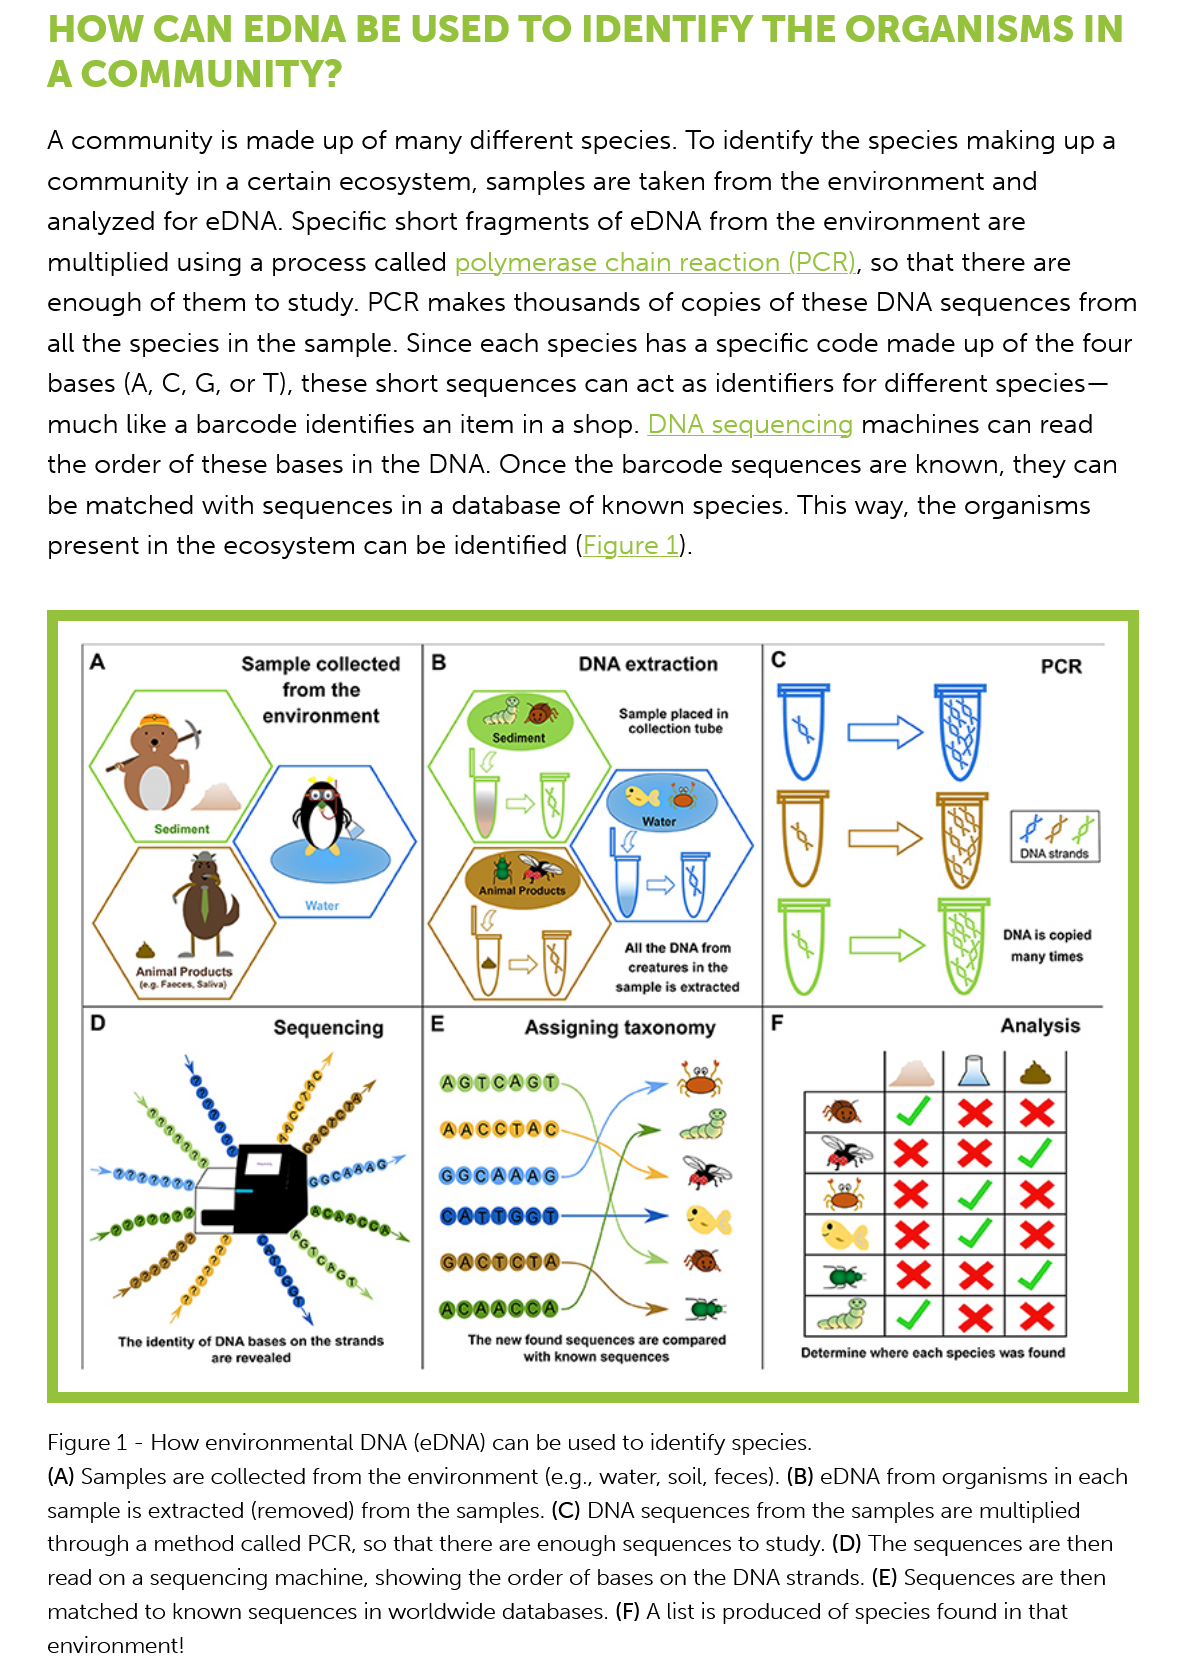
Assigning taxonomy
     The new found sequences are compared
     with known sequences.
     ‘The identity of DNA bases on the strands
     are revealed
     Sequencing
     Figure 1
     -
     How  environmental DNA (eDNA) can be used to identify species.
     (A) Samples are collected from the environment (e.g., water, soil, feces). (B) eDNA from organisms in each
     sample is extracted (removed) from the samples. (C) DNA sequences from the samples are multiplied
     through a method called PCR, so that there are enough sequences to study. (D) The sequences are then
     read on a sequencing machine, showing the order of bases on the DNA strands. (E) Sequences are then
     matched to known sequences in worldwide databases. (F) A list is produced of species found in that
     environment!
     Sample collected
     from the
     . environment
     Water
     Animal Products
     ‘Gog faenan failed
     All the DNA from
     creatures in the
     sample is extracted
     Wator
     Sediment
     DNA extraction
     Sample placed in
     collection tube
     Analysis
     Determine where each species was found
     ONA is copied
     many times
     PCR
    A  community   is made  up of many different species. To identify the species making up  a
     community   in a certain ecosystem, samples  are taken from  the environment  and
     analyzed for eDNA.  Specific short fragments of eDNA   from the environment  are
     multiplied using a process called polymerase  chain reaction (PCR), so that there are
     enough of  them  to study. PCR makes  thousands   of copies of these DNA  sequences from
     all the species in the sample. Since each species has a specific code made  up of the four
     bases (A, C, G, or T), these short sequences can act as identifiers for different species—
     much like a barcode identifies an item in a shop. DNA  sequencing   machines  can read
     the order of these bases in the DNA. Once   the barcode  sequences  are known, they  can
     be matched  with sequences in  a database  of known species.  This way, the organisms
     present in the ecosystem  can be identified (Figure 1).
     HOW    CAN    EDNA  BE    USED    TO   IDENTIFY    THE    ORGANISMS    IN
    A  COMMUNITY?